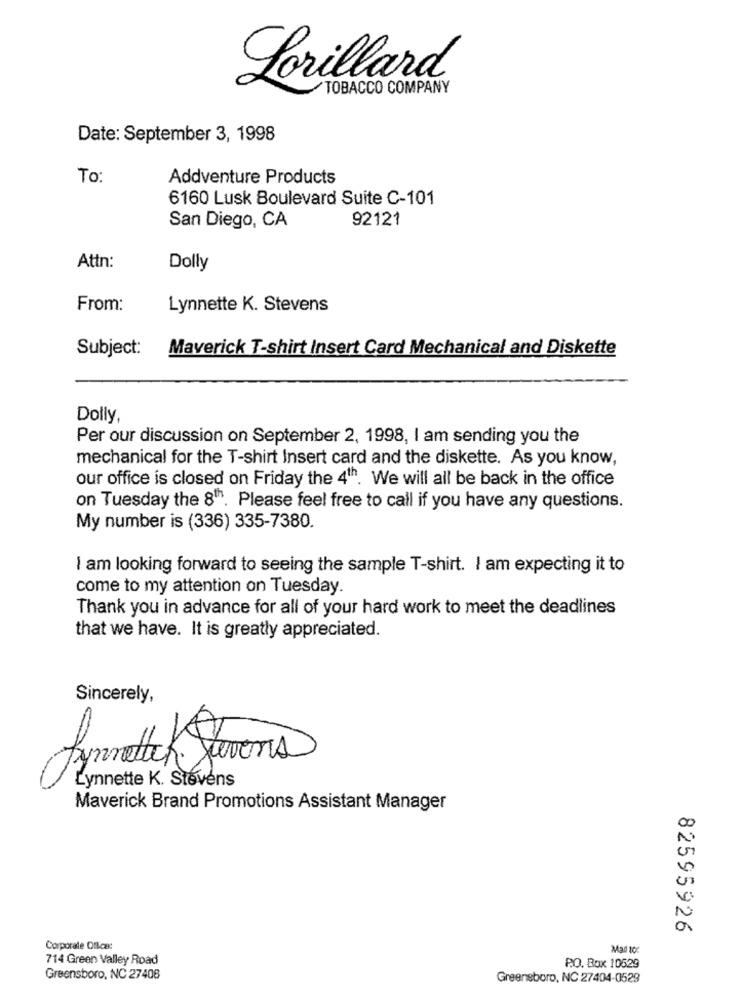
Lorillard
TOBACCO COMPANY
Date: September 3, 1998
To:
Addventure Products
6160 Lusk Boulevard Suite C-101
92121
San Diego, CA
Attn:
Dolly
From:
Lynnette K. Stevens
Subject:
Maverick T-shirt Insert Card Mechanical and Diskette
Dolly
Per our discussion on September 2, 1998, I am sending you the
mechanical for the T-shirt Insert card and the diskette. As you know,
our office is closed on Friday the 41h. We will all be back in the office
on Tuesday the 8". Please feel free to call if you have any questions.
My number is (336) 335-7380.
I am looking forward to seeing the sample T-shirt. I am expecting it to
come to my attention on Tuesday.
Thank you in advance for all of your hard work to meet the deadlines
that we have. It is greatly appreciated.
Sincerely,
Lynnette K. Stevens
Maverick Brand Promotions Assistant Manager
82595926
Corporate Office:
Mad to:
714 Green Valley Road
P.O. Box 10529
Greensboro, NC 27408
Greensboro, NC 27404-0529